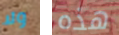
ولا هذه